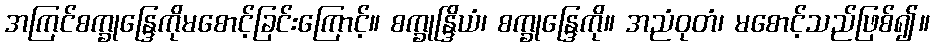
အကြင်စက္ခုန္ဒြေကိုမစောင့်ခြင်းကြောင့်။ စက္ခုန္ဒြိယံ၊ စက္ခုန္ဒြေကို။ အညံဝုတံ၊ မစောင့်သည်ဖြစ်၍။